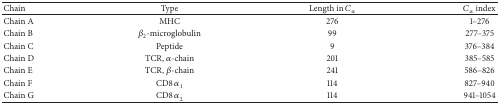
| Chain | Type | Length in Cα | Cα index |
 | --- | --- | --- | --- |
 | Chain A | MHC | 276 | 1–276 |
 | Chain B | β2-microglobulin | 99 | 277–375 |
 | Chain C | Peptide | 9 | 376–384 |
 | Chain D | TCR, α-chain | 201 | 385–585 |
 | Chain E | TCR, β-chain | 241 | 586–826 |
 | Chain F | CD8 α1 | 114 | 827–940 |
 | Chain G | CD8 α2 | 114 | 941–1054 |